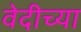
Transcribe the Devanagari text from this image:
वेदीच्या